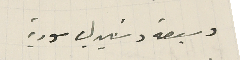
وسبعة وستين ليره سورية